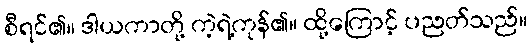
စီရင်၏။ ဒါယကာတို့ ကဲ့ရဲ့ကုန်၏။ ထို့ကြောင့် ပညတ်သည်။